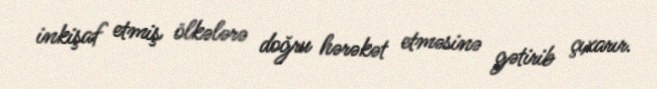
inkişaf etmiş ölkələrə doğru hərəkət etməsinə gətirib çıxarır.